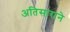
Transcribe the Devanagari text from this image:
अतिसाराने